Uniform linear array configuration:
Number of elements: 4
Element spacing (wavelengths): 0.75
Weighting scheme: exponential
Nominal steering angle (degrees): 15
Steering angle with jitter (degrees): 15.304
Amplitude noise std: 0.05
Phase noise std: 0.05

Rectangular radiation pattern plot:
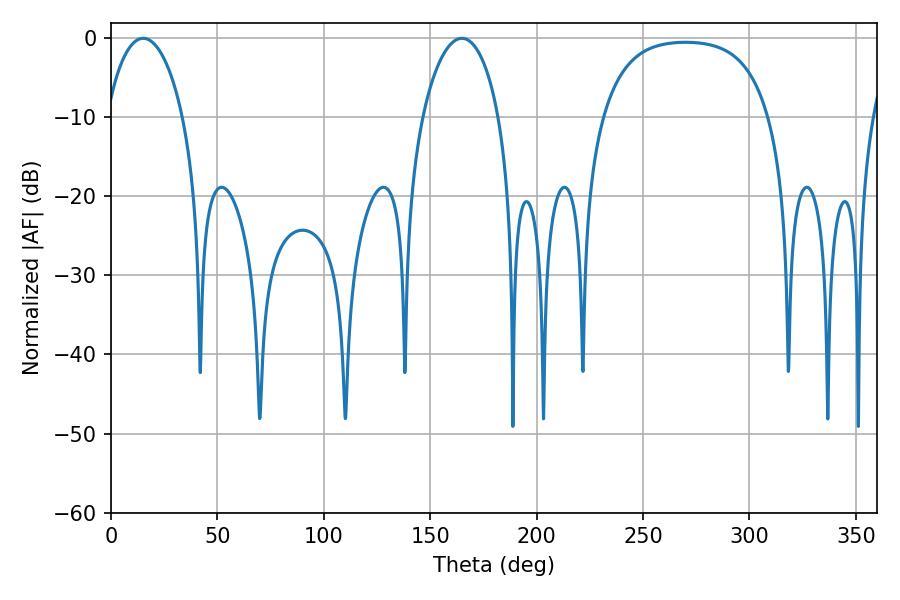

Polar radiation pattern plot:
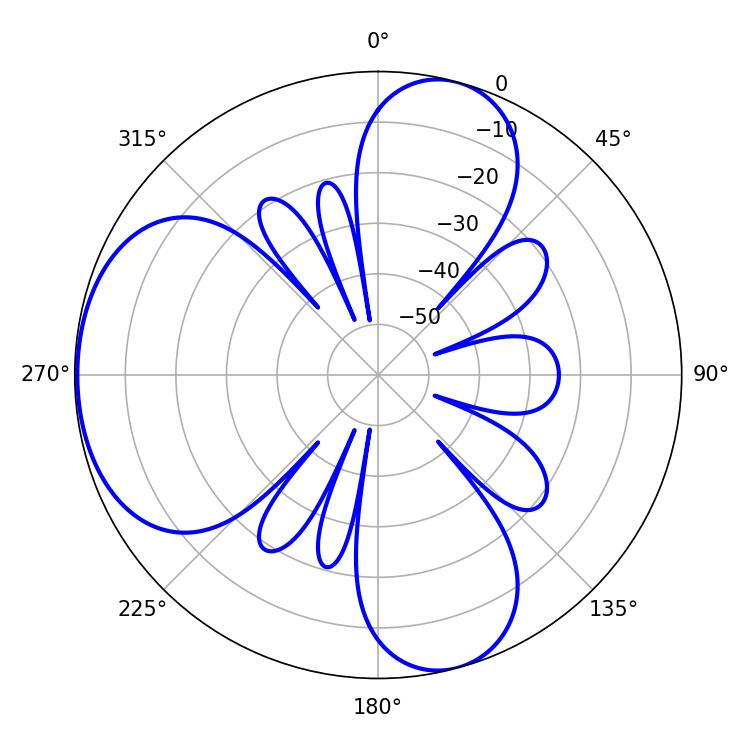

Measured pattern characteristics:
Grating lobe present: TRUE
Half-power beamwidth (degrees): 20.34
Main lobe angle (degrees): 15.12